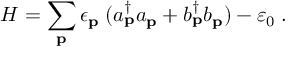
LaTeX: { \cal H } = \sum _ { { \bf { p } } } \epsilon _ { { \bf { p } } } \; ( a _ { { \bf { p } } } ^ { \dagger } a _ { { \bf { p } } } + b _ { { \bf { p } } } ^ { \dagger } b _ { { \bf { p } } } ) - \varepsilon _ { 0 } \; .